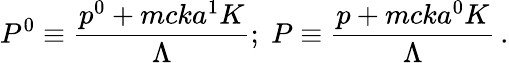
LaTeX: P^{0}\equiv\frac{p^{0}+mcka^{1}K}{\Lambda};\; P\equiv\frac{p+mcka^{0}K}{\Lambda}\, .